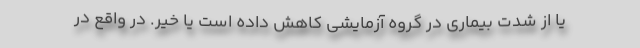
یا از شدت بیماری در گروه آزمایشی کاهش داده است یا خیر. در واقع در